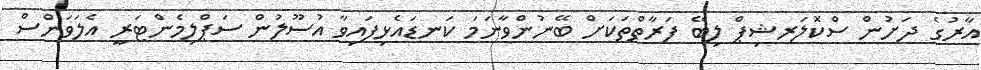
އާރުގެ ދަށުން ސްކޮލަރޝިޕް ލިބޭ ފަރާތްތަކަށް ބޭނުންވާނަމަ ކަނޑައެޅިފައިވާ އުސޫލުން ސަޕްލިމެންޓަރީ އެލަވަންސް